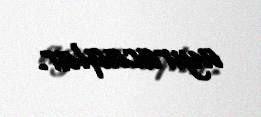
ayıracaqlar.